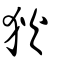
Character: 狄